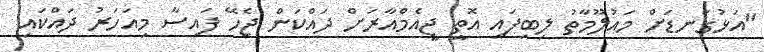
"އަޅުގަނޑަށް މައުލޫމާތު ލިބިފައި އޮތީ ޖީއެމްއާރަށް ދައްކަން ޖެހޭ ފައިސާ މިއަހަރު ދައްކައި